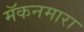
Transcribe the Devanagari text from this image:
मॅकनमारा